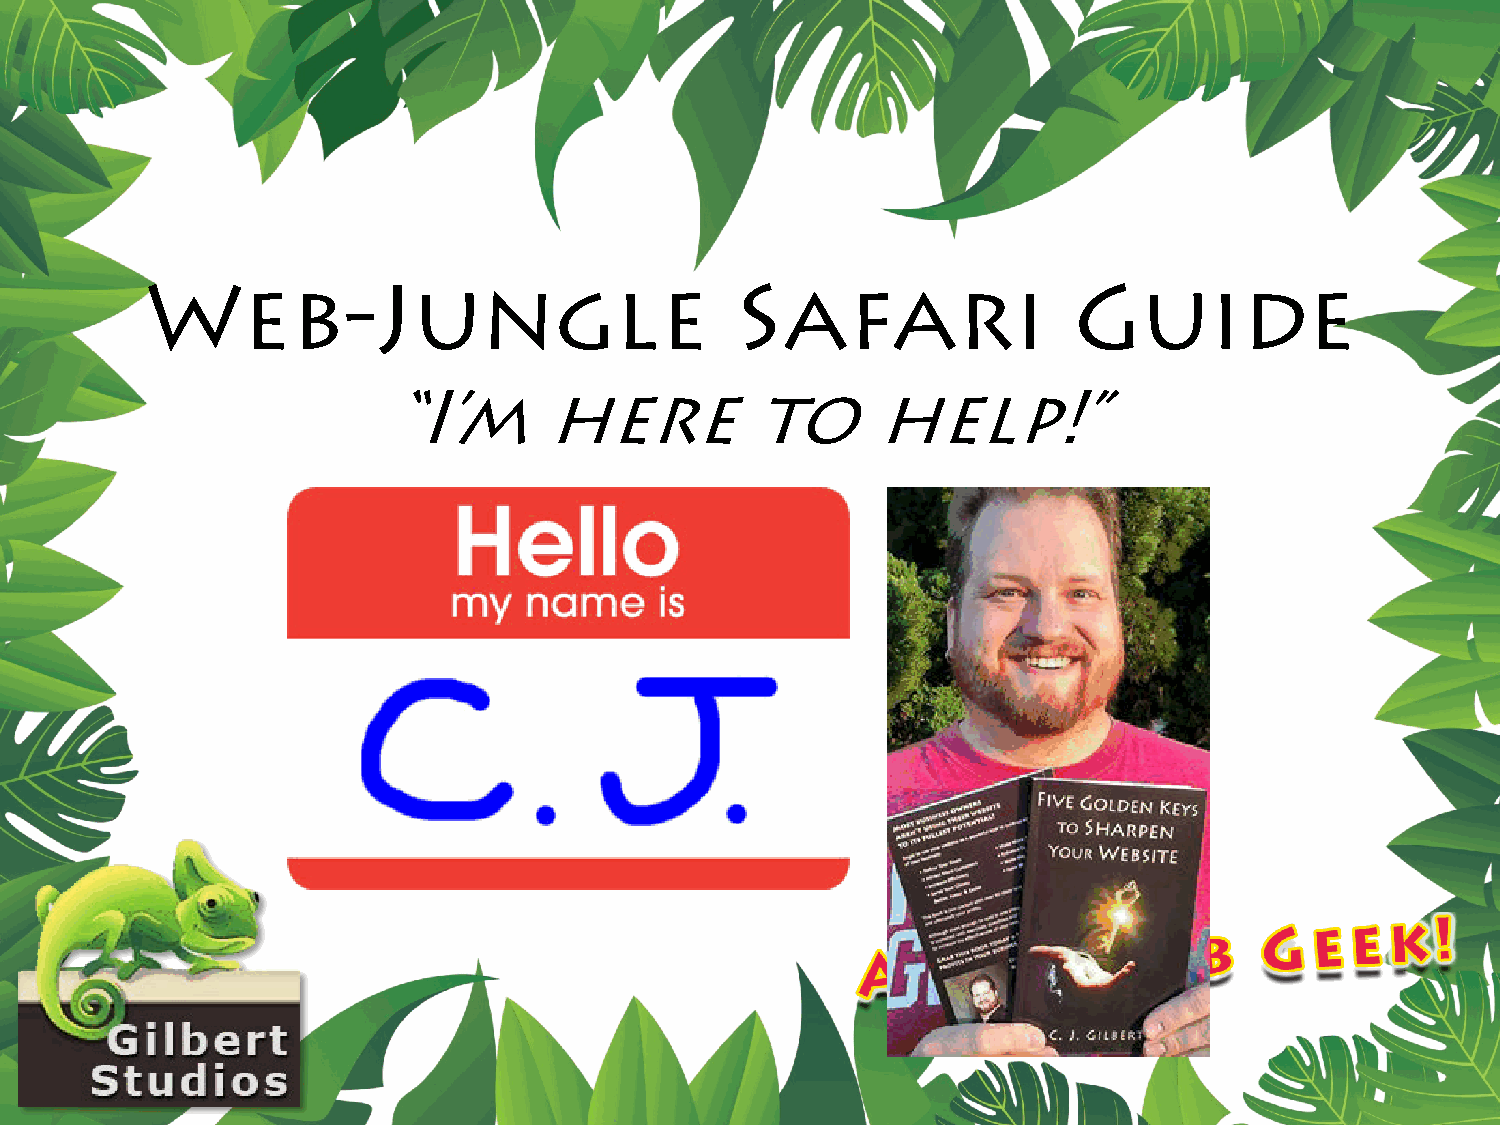
Web-Jungle                             Safari                Guide
 “I’m      here          to      help!”